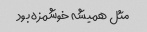
مثل همیشه خوشمزه بود